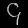
Digit: ၄